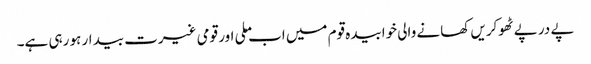
پے در پے ٹھوکریں کھانے والی خوابیدہ قوم میں اب ملی اور قومی غیرت بیدار ہو رہی ہے۔